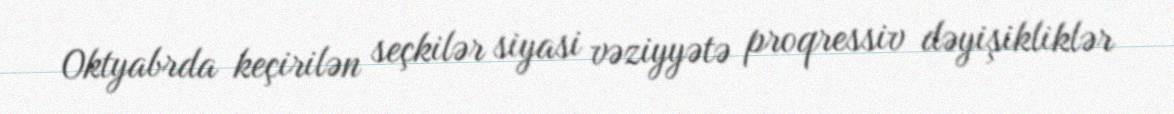
Oktyabrda keçirilən seçkilər siyasi vəziyyətə proqressiv dəyişikliklər